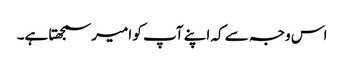
اس وجہ سے کہ اپنے آپ کو امیر سمجھتا ہے۔